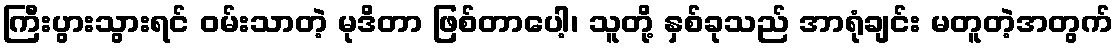
ကြီးပွားသွားရင် ဝမ်းသာတဲ့ မုဒိတာ ဖြစ်တာပေါ့၊ သူတို့ နှစ်ခုသည် အာရုံချင်း မတူတဲ့အတွက်